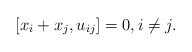
\begin{gather*}[x_i+x_j,u_{ij}]=0, i \not= j.\end{gather*}